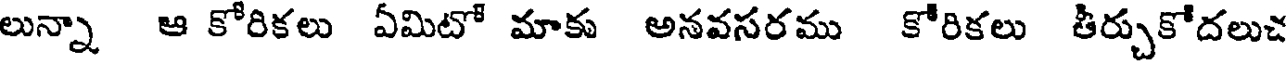
లున్నా ఆ కోరికలు ఏమిటో మాకు అనవసరము కోరికలు తీర్చుకోదలుచ